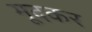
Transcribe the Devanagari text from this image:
मूदकर